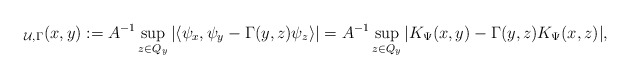
\begin{align*} _{\mathcal U,\Gamma}(x,y):= A^{-1}\sup_{z\in Q_y} |\langle \psi_x,\psi_y-\Gamma(y,z)\psi_z \rangle| = A^{-1}\sup_{z\in Q_y} |K_\Psi(x,y)-\Gamma(y,z)K_\Psi(x,z)|, \end{align*}